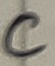
Text: C